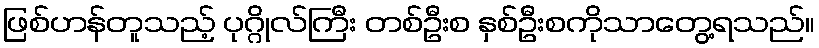
ဖြစ်ဟန်တူသည့် ပုဂ္ဂိုလ်ကြီး တစ်ဦးစ နှစ်ဦးစကိုသာတွေ့ရသည်။